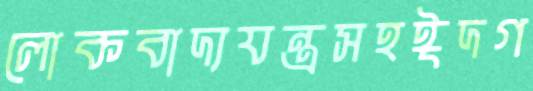
লোকবাদ্যযন্ত্রসহঈদগ